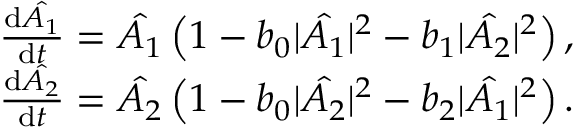
\begin{array} { r l } & { \frac { \mathrm { d } \hat { A _ { 1 } } } { \mathrm { d } t } = \hat { A _ { 1 } } \left( 1 - b _ { 0 } | \hat { A _ { 1 } } | ^ { 2 } - b _ { 1 } | \hat { A _ { 2 } } | ^ { 2 } \right) , } \\ & { \frac { \mathrm { d } \hat { A _ { 2 } } } { \mathrm { d } t } = \hat { A _ { 2 } } \left( 1 - b _ { 0 } | \hat { A _ { 2 } } | ^ { 2 } - b _ { 2 } | \hat { A _ { 1 } } | ^ { 2 } \right) . } \end{array}